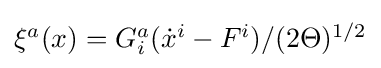
{\textstyle \xi ^{a}(x)=G_{i}^{a}({\dot {x}}^{i}-F^{i})/(2\Theta )^{1/2}}